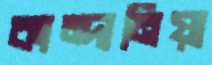
কান্দানিয়া